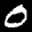
Label: 0